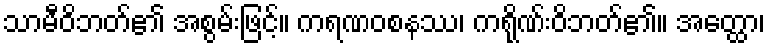
သာမီဝိဘတ်၏ အစွမ်းဖြင့်။ ကရဏဝစနဿ၊ ကရိုဏ်းဝိဘတ်၏။ အတ္ထော၊